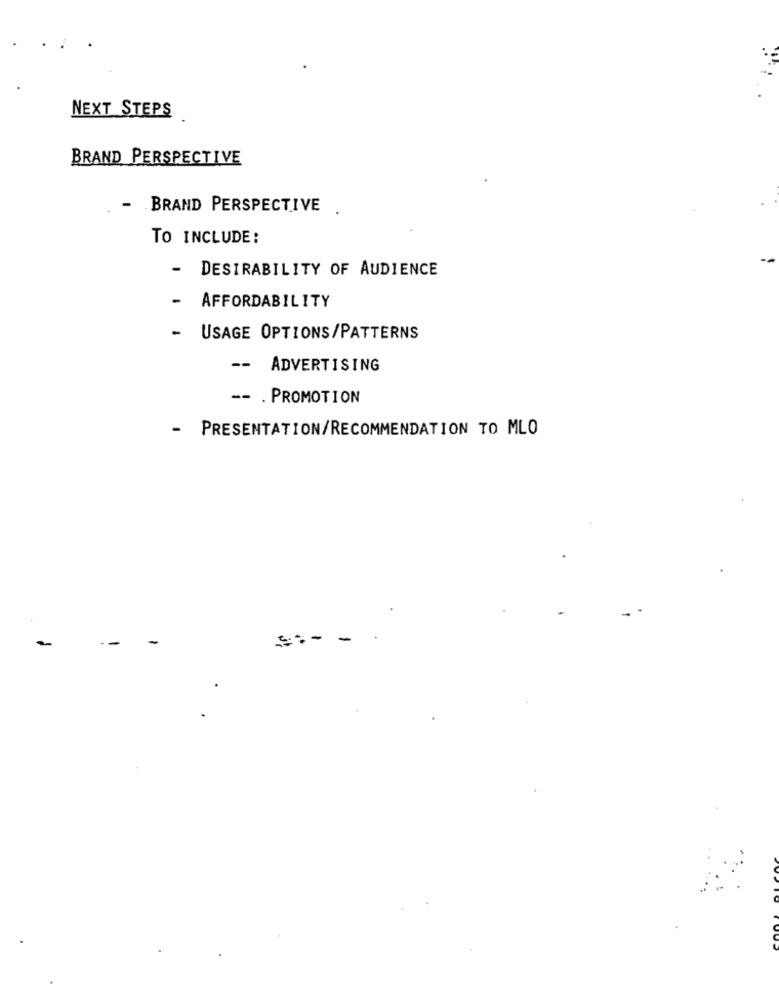
NEXT STEPS
BRAND PERSPECTIVE
- BRAND PERSPECTIVE .
TO INCLUDE:
-
DESIRABILITY OF AUDIENCE
-
AFFORDABILITY
-
USAGE OPTIONS/PATTERNS
-- ADVERTISING
-- . PROMOTION
- PRESENTATION/RECOMMENDATION TO MLO
--- -